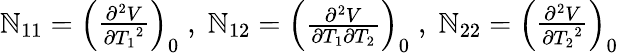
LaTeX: \mathbb{N}_{11}=\left(\begin{array}{l}{{{\frac{{\partial^{2}}V}{\partial{T_{1}}^{2}}}}}\end{array}\right)_{0}\; ,\; \mathbb{N}_{12}=\left(\begin{array}{l}{{{\frac{{\partial^{2}}V}{\partial{T_{1}}\partial{T_{2}}}}}}\end{array}\right)_{0}\; ,\; \mathbb{N}_{22}=\left(\begin{array}{l}{{{\frac{{\partial^{2}}V}{\partial{T_{2}}^{2}}}}}\end{array}\right)_{0}